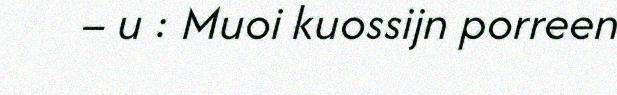
– u : Muoi kuossijn porreen